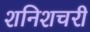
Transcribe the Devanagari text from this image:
शनिशचरी